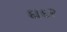
દાદર